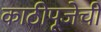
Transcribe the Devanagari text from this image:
काठीपूजेची